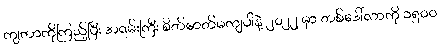
ကျတာကိုကြည့်ပြီး အရမ်းကြီး စိတ်ဓာတ်မကျပါနဲ့ ၂၀၂၂ မှာ တစ်ဒေါ်လာကို ၁၅၀ဝ